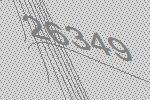
26349